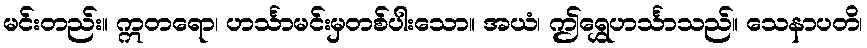
မင်းတည်း။ ဣတရော၊ ဟင်္သာမင်းမှတစ်ပါးသော။ အယံ၊ ဤရွှေဟင်္သာသည်။ သေနာပတိ၊